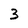
Character: 3